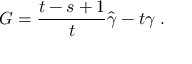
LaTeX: G = \frac { t - s + 1 } { t } \hat { \gamma } - t \gamma \; .